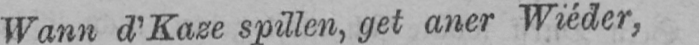
Wann d’Kaze spillen, get aner Wiéder,